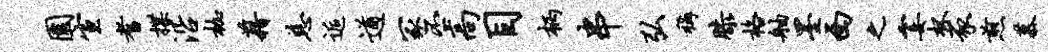
园宣耆揲沿枷藉慈逅遒冢丕高目柄串弘称膝格舳墨西之霎杯豕煎慕